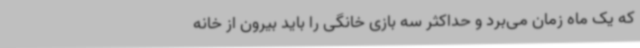
که یک ماه زمان می‌برد و حداکثر سه بازی خانگی را باید بیرون از خانه